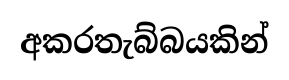
අකරතැබ්බයකින්